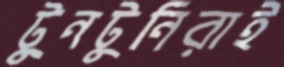
টুনটুনিরাই